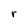
Character: r